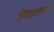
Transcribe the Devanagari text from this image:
निंदाकरतात